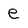
Character: e